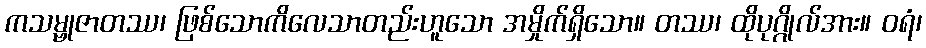
ကသမ္ဗုဇာတဿ၊ ဖြစ်သောကိလေသာတည်းဟူသော အမှိုက်ရှိသော။ တဿ၊ ထိုပုဂ္ဂိုလ်အား။ ဝရံ၊